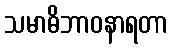
သမာဓိဘာဝနာရတာ